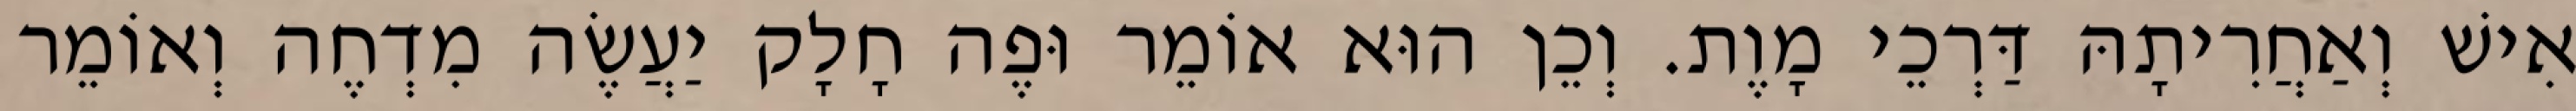
אִישׁ וְאַחֲרִיתָהּ דַּרְכֵי מָוֶת. וְכֵן הוּא אוֹמֵר וּפֶה חָלָק יַעֲשֶׂה מִדְחֶה וְאוֹמֵר